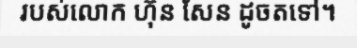
របស់លោក ហ៊ុន សែន ដូចតទៅ។